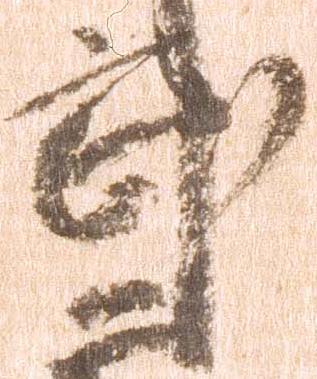
武